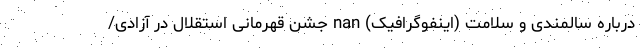
درباره سالمندی و سلامت (اینفوگرافیک) nan جشن قهرمانی استقلال در آزادی/